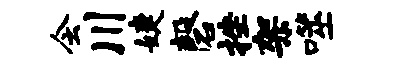
会川婕磬挫架噬